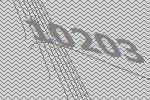
10203